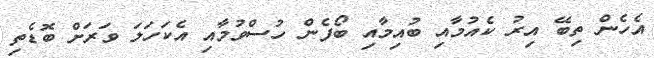
އެހެން ތިބޭ އިރު ކެއުމާއި ބުއިމާއި ބޯފެން ހުސްވުމާއި އެކަހަލަ ވަރަށް ބޮޑެތި